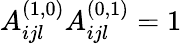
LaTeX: A_{ijl}^{(1,0)}A_{ijl}^{(0,1)}=1